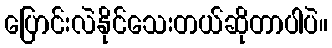
ပြောင်းလဲနိုင်သေးတယ်ဆိုတာပါပဲ။